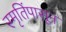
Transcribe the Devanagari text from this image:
स्मृतिंपासून